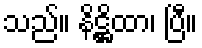
သည်။ နိဋ္ဌိထာ၊ ပြီ။